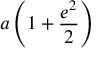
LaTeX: a \left( 1 + { \frac { e ^ { 2 } } { 2 } } \right)